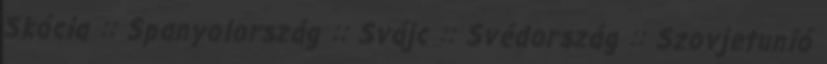
Skócia :: Spanyolország :: Svájc :: Svédország :: Szovjetunió